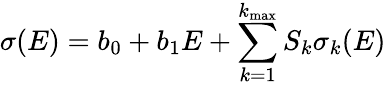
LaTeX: \sigma(E)=b_{0}+b_{1}E+\sum_{k=1}^{k_{\mathrm{max}}}S_{k}\sigma_{k}(E)